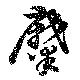
糜